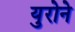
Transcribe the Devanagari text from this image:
युरोने